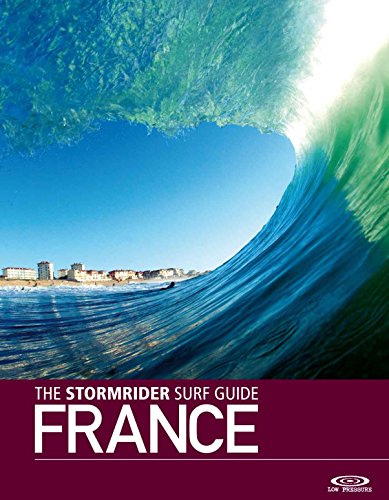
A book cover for The Stormrider Surf Guide: France (English and French Edition); Bruce Sutherland; Sports & Outdoors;